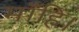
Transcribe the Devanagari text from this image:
माँहिं।